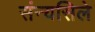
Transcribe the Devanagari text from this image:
संन्यसिले